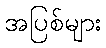
အပြစ်များ